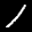
Label: 1